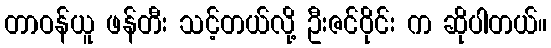
တာဝန်ယူ ဖန်တီး သင့်တယ်လို့ ဦးဇင်ဝိုင်း က ဆိုပါတယ်။